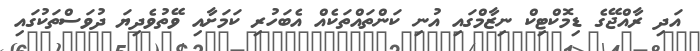
އަދި ރާއްޖޭގެ ޑިމޮކްޓިކް ނިޒާމްގައި އުނި ކަންތައްތަކެއް އެބަހުރި ކަމަށާއި ވޭތުވެދިޔަ ދުވަސްތަކުގައި